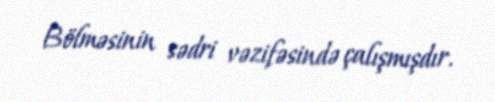
Bölməsinin sədri vəzifəsində çalışmışdır.